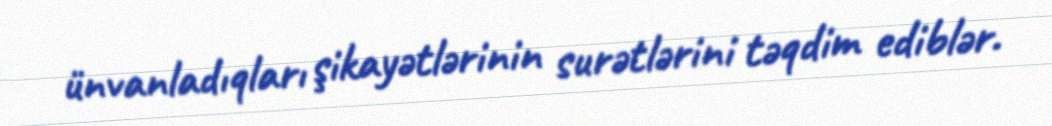
ünvanladıqları şikayətlərinin surətlərini təqdim ediblər.